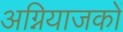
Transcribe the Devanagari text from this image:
अग्नियाजकों